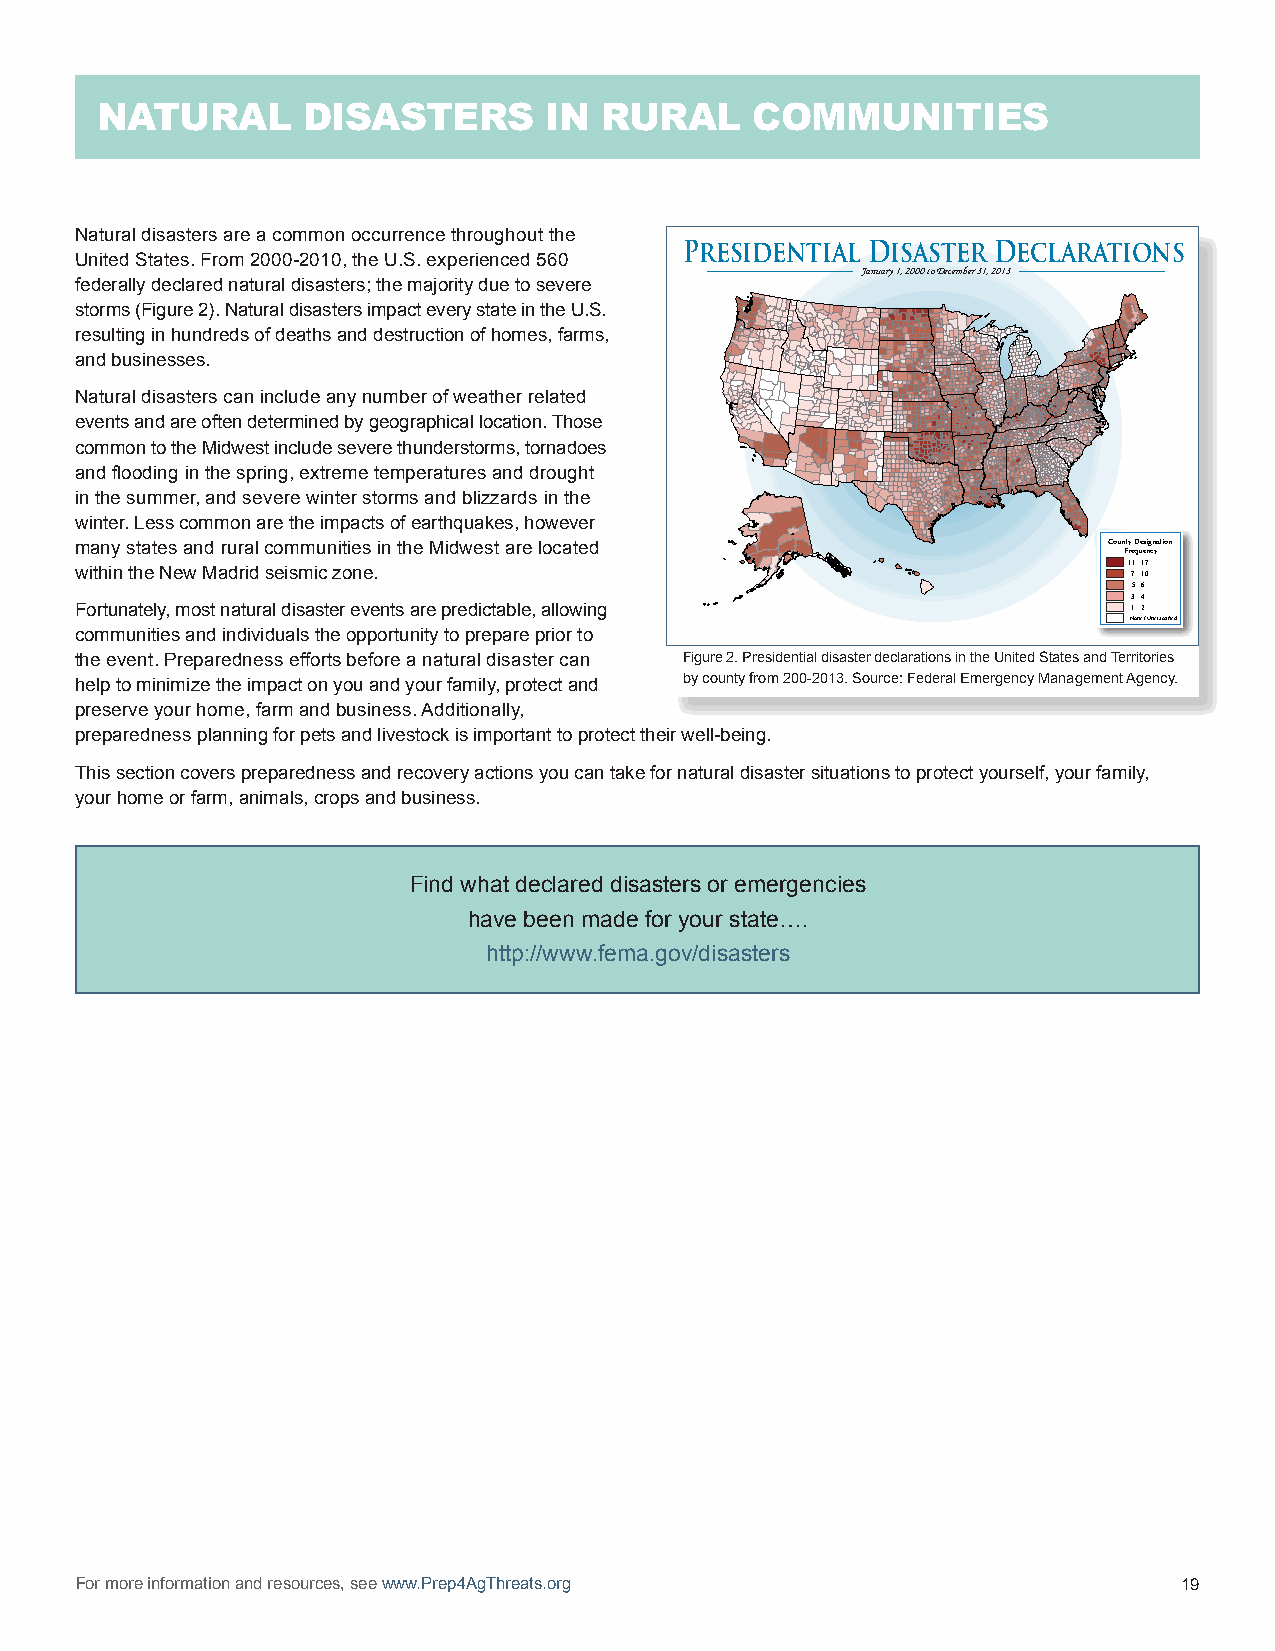
NATURAL       DISASTERS       IN  RURAL     COMMUNITIES
 Natural disasters are a common occurrence throughout the
 Presidential Disaster Declarations
 United States. From 2000-2010, the U.S. experienced 560
 January 1, 2000 to December 31, 2013
 federally declared natural disasters; the majority due to severe
 storms (Figure 2). Natural disasters impact every state in the U.S.
 resulting in hundreds of deaths and destruction of homes, farms,
 and businesses.
 Natural disasters can include any number of weather related
 events and are often determined by geographical location. Those
 common to the Midwest include severe thunderstorms, tornadoes
 and flooding in the spring, extreme temperatures and drought
 in the summer, and severe winter storms and blizzards in the
 winter. Less common are the impacts of earthquakes, however
 many states and rural communities in the Midwest are located        County Designation
 Frequency
 within the New Madrid seismic zone.                                   1 71 -- 11 07
 5 - 6
 3 - 4
 Fortunately, most natural disaster events are predictable, allowing   1 - 2
 None / Unclassified
 communities and individuals the opportunity to prepare prior to
 the event. Preparedness efforts before a natural disaster can Figure 2. Presidential disaster declarations in the United States and Territories
 help to minimize the impact on you and your family, protect and by county from 200-2013. Source: Federal Emergency Management Agency.
 preserve your home, farm and business. Additionally,
 preparedness planning for pets and livestock is important to protect their well-being.
 This section covers preparedness and recovery actions you can take for natural disaster situations to protect yourself, your family,
 your home or farm, animals, crops and business.
 Find what declared disasters or emergencies
 have been made for your state….
 http://www.fema.gov/disasters
 For more information and resources, see www.Prep4AgThreats.org           19